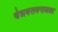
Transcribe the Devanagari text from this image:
चेन्नबसवनायका